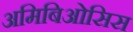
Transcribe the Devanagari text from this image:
अमिबिओसिस